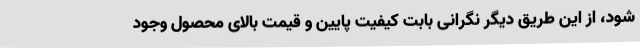
شود، از این طریق دیگر نگرانی بابت کیفیت پایین و قیمت بالای محصول وجود